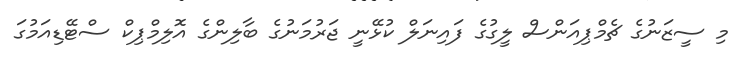
މި ސީޒަނުގެ ޗެމްޕިއަންސް ލީގުގެ ފައިނަލް ކުޅޭނީ ޖަރުމަނުގެ ބާލިންގެ އޮލިމްޕިކް ސްޓޭޑިއަމުގަ